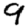
Digit: 9